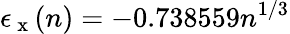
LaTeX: \epsilon_{\mathrm{~x~}}(n)=-0.738559n^{1/3}